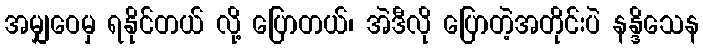
အမျှဝေမှ ရနိုင်တယ် လို့ ပြောတယ်၊ အဲဒီလို ပြောတဲ့အတိုင်းပဲ နန္ဒိသေန